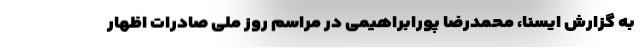
به گزارش ایسنا، محمدرضا پورابراهیمی در مراسم روز ملی صادرات اظهار